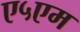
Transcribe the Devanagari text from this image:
ए५एम